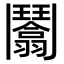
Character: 𩰙